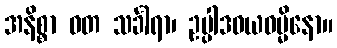
အနိစ္စာ ဝတ သင်္ခါရာ၊ ဥပ္ပါဒဝယဓမ္မိနော။